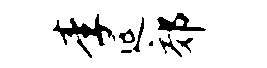
李延郊